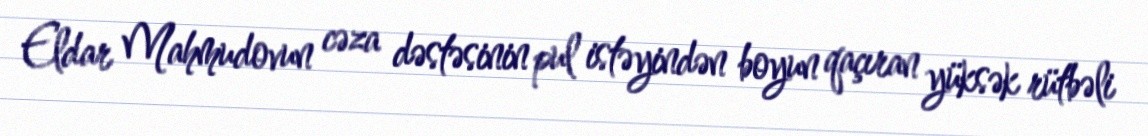
Eldar Mahmudovun cəza dəstəsinin pul istəyindən boyun qaçıran yüksək rütbəli